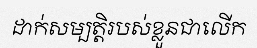
ដាក់សម្បត្តិរបស់ខ្លួនជាលើក